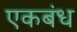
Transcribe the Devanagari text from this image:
एकबंध